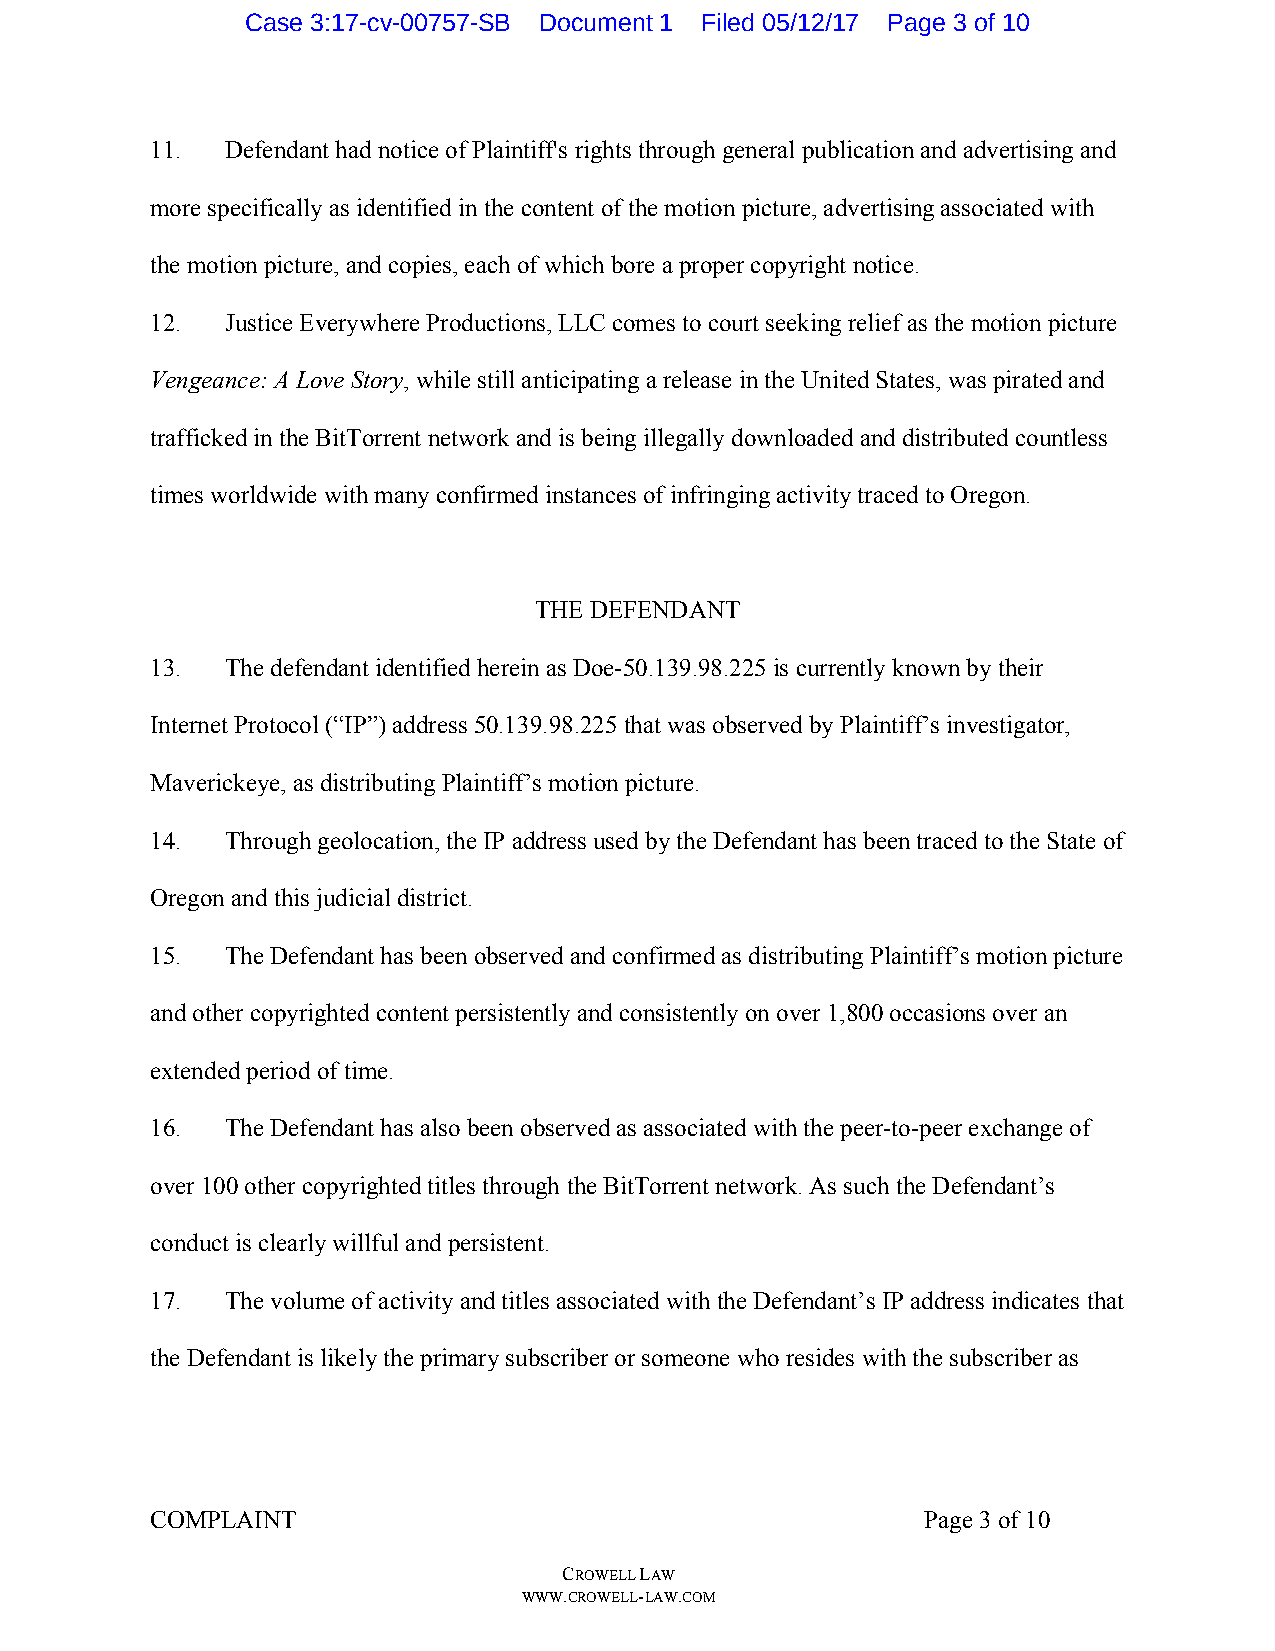
Case 3:17-cv-00757-SB Document 1 Filed 05/12/17 Page 3 of 10
 11.  Defendant had notice of Plaintiff's rights through general publication and advertising and
 more specifically as identified in the content of the motion picture, advertising associated with
 the motion picture, and copies, each of which bore a proper copyright notice.
 12.  Justice Everywhere Productions, LLC comes to court seeking relief as the motion picture
 Vengeance: A Love Story, while still anticipating a release in the United States, was pirated and
 trafficked in the BitTorrent network and is being illegally downloaded and distributed countless
 times worldwide with many confirmed instances of infringing activity traced to Oregon.
 THE DEFENDANT
 13.  The defendant identified herein as Doe-50.139.98.225 is currently known by their
 Internet Protocol (“IP”) address 50.139.98.225 that was observed by Plaintiff’s investigator,
 Maverickeye, as distributing Plaintiff’s motion picture.
 14.  Through geolocation, the IP address used by the Defendant has been traced to the State of
 Oregon and this judicial district.
 15.  The Defendant has been observed and confirmed as distributing Plaintiff’s motion picture
 and other copyrighted content persistently and consistently on over 1,800 occasions over an
 extended period of time.
 16.  The Defendant has also been observed as associated with the peer-to-peer exchange of
 over 100 other copyrighted titles through the BitTorrent network. As such the Defendant’s
 conduct is clearly willful and persistent.
 17.  The volume of activity and titles associated with the Defendant’s IP address indicates that
 the Defendant is likely the primary subscriber or someone who resides with the subscriber as
 COMPLAINT                                          Page 3 of 10
 CROWELL LAW
 WWW.CROWELL-LAW.COM